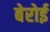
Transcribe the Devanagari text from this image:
बेरोई